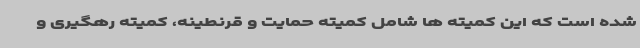
شده است که این کمیته ها شامل کمیته حمایت و قرنطینه، کمیته رهگیری و